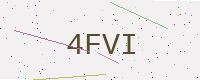
Text: 4FVI